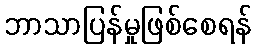
ဘာသာပြန်မှုဖြစ်စေရန်